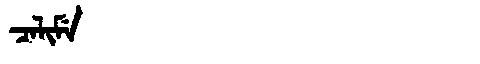
Manchu: ᠴᠠᠯᡳᠮᡝ
Romanization: CALIME